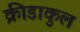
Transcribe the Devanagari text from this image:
क्रीडाकुल